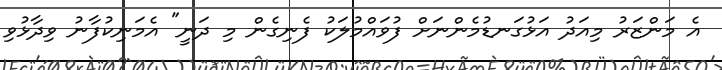
އެ މަންޒަރު މިއަދު އަޅުގަނޑުމެންނަށް ފުވައްމުލަކު ފެނިގެން މި ދަނީ" އެމަނިކުފާނު ވިދާޅުވި